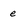
Character: e